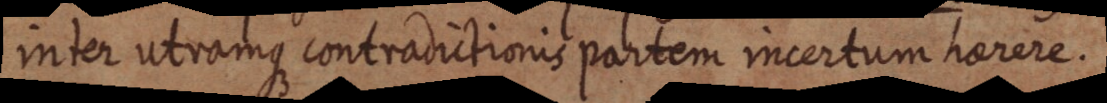
inter utramque contradictionis partem incertum harere.